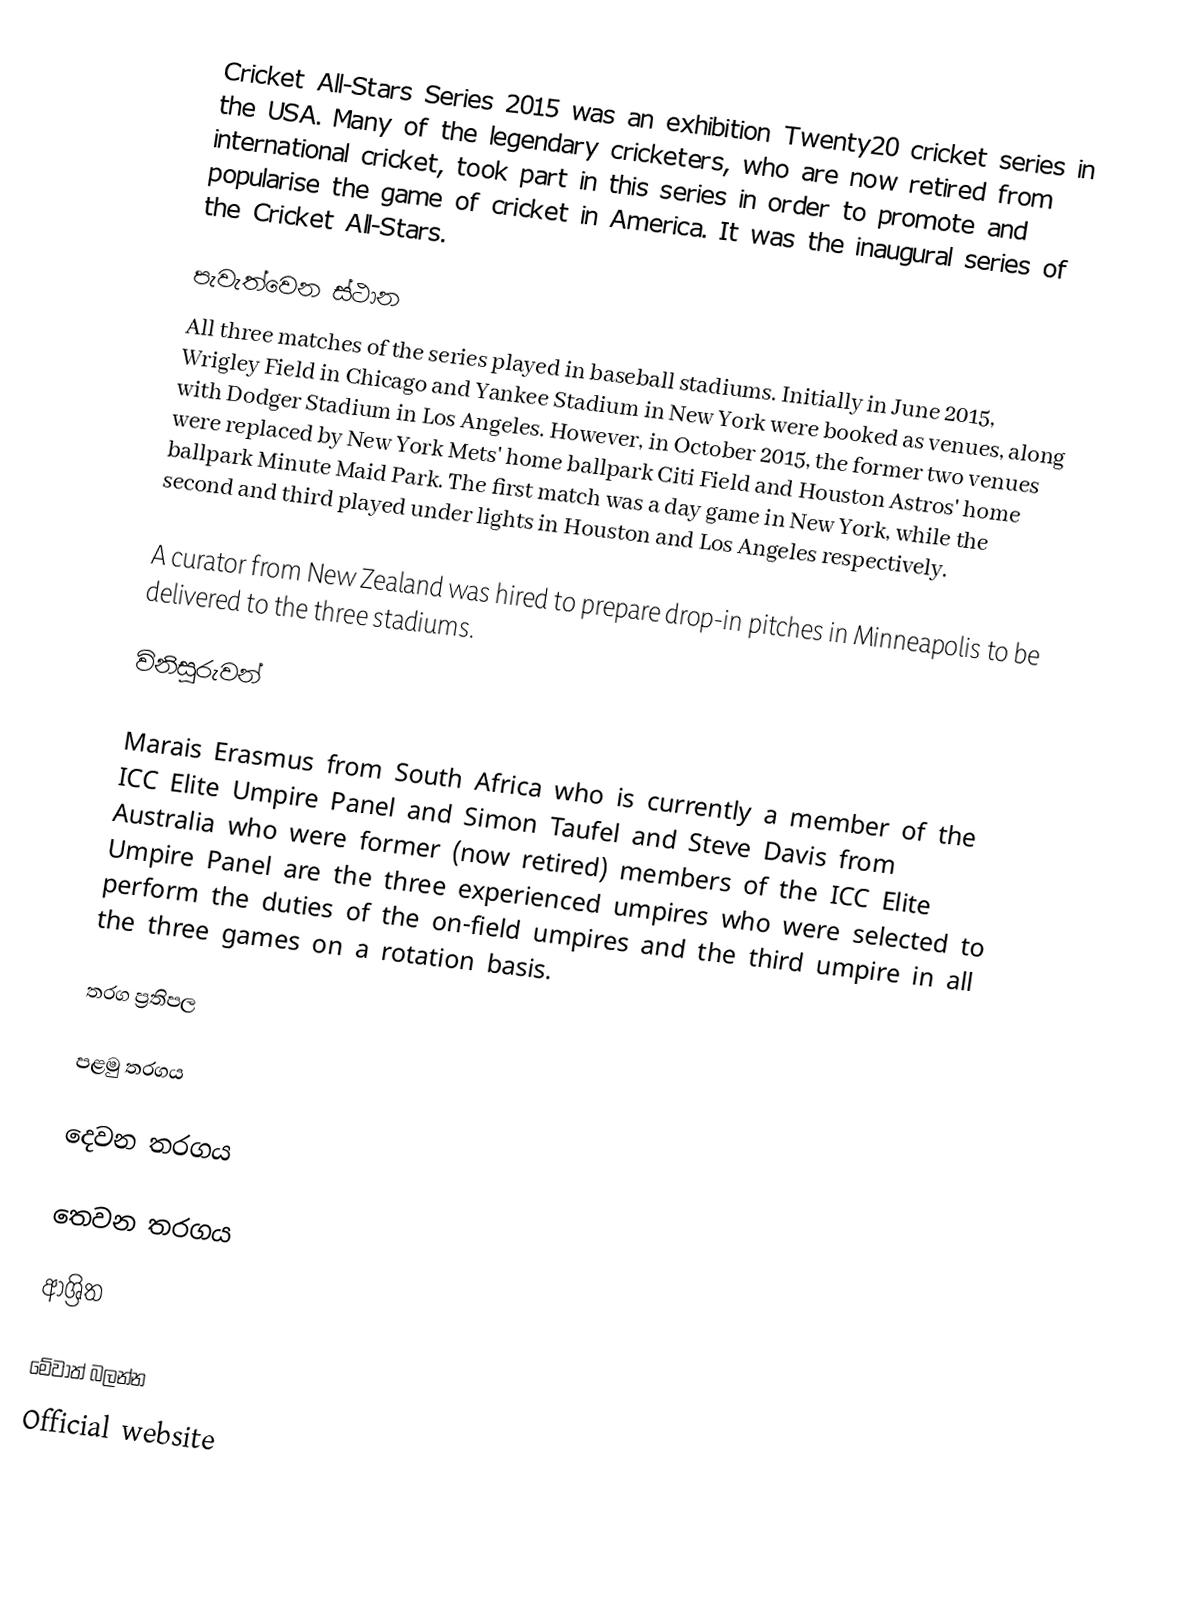
Cricket All-Stars Series 2015 was an exhibition Twenty20 cricket series in the USA. Many of the legendary cricketers, who are now retired from international cricket, took part in this series in order to promote and popularise the game of cricket in America. It was the inaugural series of the Cricket All-Stars.

පැවැත්වෙන ස්ථාන
All three matches of the series played in baseball stadiums. Initially in June 2015, Wrigley Field in Chicago and Yankee Stadium in New York were booked as venues, along with Dodger Stadium in Los Angeles. However, in October 2015, the former two venues were replaced by New York Mets' home ballpark Citi Field and Houston Astros' home ballpark Minute Maid Park. The first match was a day game in New York, while the second and third played under lights in Houston and Los Angeles respectively.

A curator from New Zealand was hired to prepare drop-in pitches in Minneapolis to be delivered to the three stadiums.

විනිසුරුවන්

Marais Erasmus from South Africa who is currently a member of the ICC Elite Umpire Panel and Simon Taufel and Steve Davis from Australia who were former (now retired) members of the ICC Elite Umpire Panel are the three experienced umpires who were selected to perform the duties of the on-field umpires and the third umpire in all the three games on a rotation basis.

තරග ප්‍රතිපල

පළමු තරගය

දෙවන තරගය

තෙවන තරගය

ආශ්‍රිත

මේවාත් බලන්න
 Official website